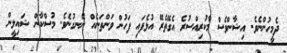
ދެމީހުންނެވެ. އިޝާންވެސް މާކުރިއްސުރެ އެގޭތެރޭ އުޅެފައި ފަހުން ވަންތަނެއް ނޭނގުނެވެ. މުސްކާން ޝައިލީން